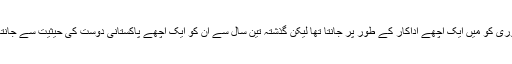
اوم پوری کو میں ایک اچھے اداکار کے طور پر جانتا تھا لیکن گذشتہ تین سال سے ان کو ایک اچھے پاکستانی دوست کی حیثیت سے جانتا ہوں۔